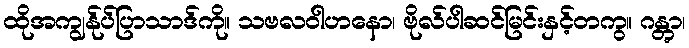
ထိုအကျွန်ုပ်ပြာသာဒ်ကို။ သဗလဝါဟနော၊ ဗိုလ်ပါဆင်မြင်းနှင့်တကွ။ ဂန္တွာ၊